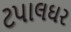
ટપાલઘર